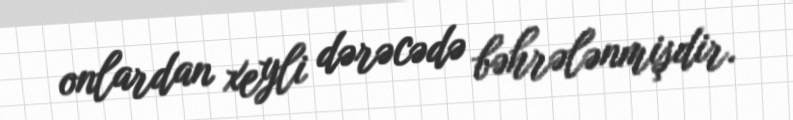
onlardan xeyli dərəcədə bəhrələnmişdir.